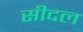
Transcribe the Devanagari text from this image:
सीदल